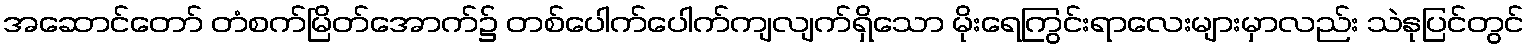
အဆောင်တော် တံစက်မြိတ်အောက်၌ တစ်ပေါက်ပေါက်ကျလျက်ရှိသော မိုးရေကြွင်းရာလေးများမှာလည်း သဲနုပြင်တွင်